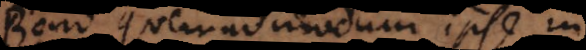
Bono quemadmodum ipse in